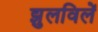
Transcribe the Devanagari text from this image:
झुलविलें